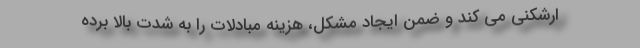
ارشکنی می کند و ضمن ایجاد مشکل، هزینه مبادلات را به شدت بالا برده